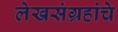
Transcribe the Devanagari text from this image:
लेखसंग्रहांचे